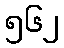
၅၆၂